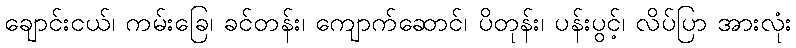
ချောင်းငယ်၊ ကမ်းခြေ၊ ခင်တန်း၊ ကျောက်ဆောင်၊ ပိတုန်း၊ ပန်းပွင့်၊ လိပ်ပြာ အားလုံး